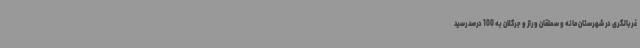
غربالگری در شهرستان مانه و سملقان و راز و جرگلان به 100 درصد رسید